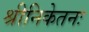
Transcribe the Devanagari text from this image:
श्रीनिकेतनः